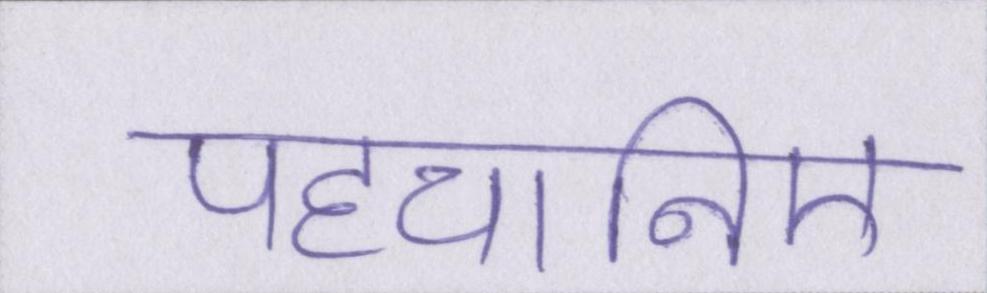
पहचानिए